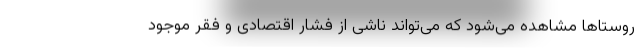
روستاها مشاهده می‌شود که می‌تواند ناشی از فشار اقتصادی و فقر موجود